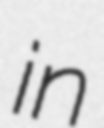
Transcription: in